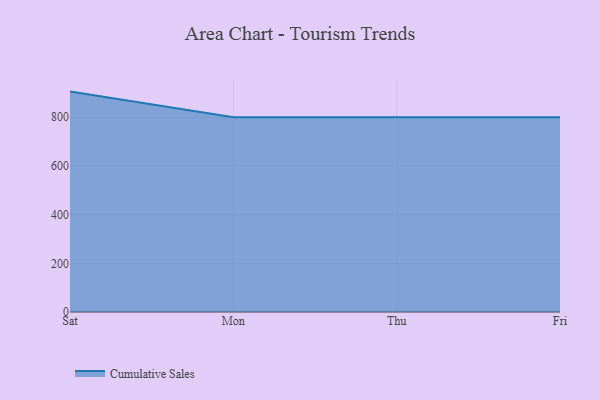
{"axis": {"x": "Day", "y": "Inventory Turnover"}, "legend": ["Cumulative Sales"], "data": [{"x": "Sat", "y": 905.5, "type": "Cumulative Sales"}, {"x": "Mon", "y": 800.1, "type": "Cumulative Sales"}, {"x": "Thu", "y": 800, "type": "Cumulative Sales"}, {"x": "Fri", "y": 800, "type": "Cumulative Sales"}]}